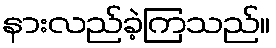
နားလည်ခဲ့ကြသည်။